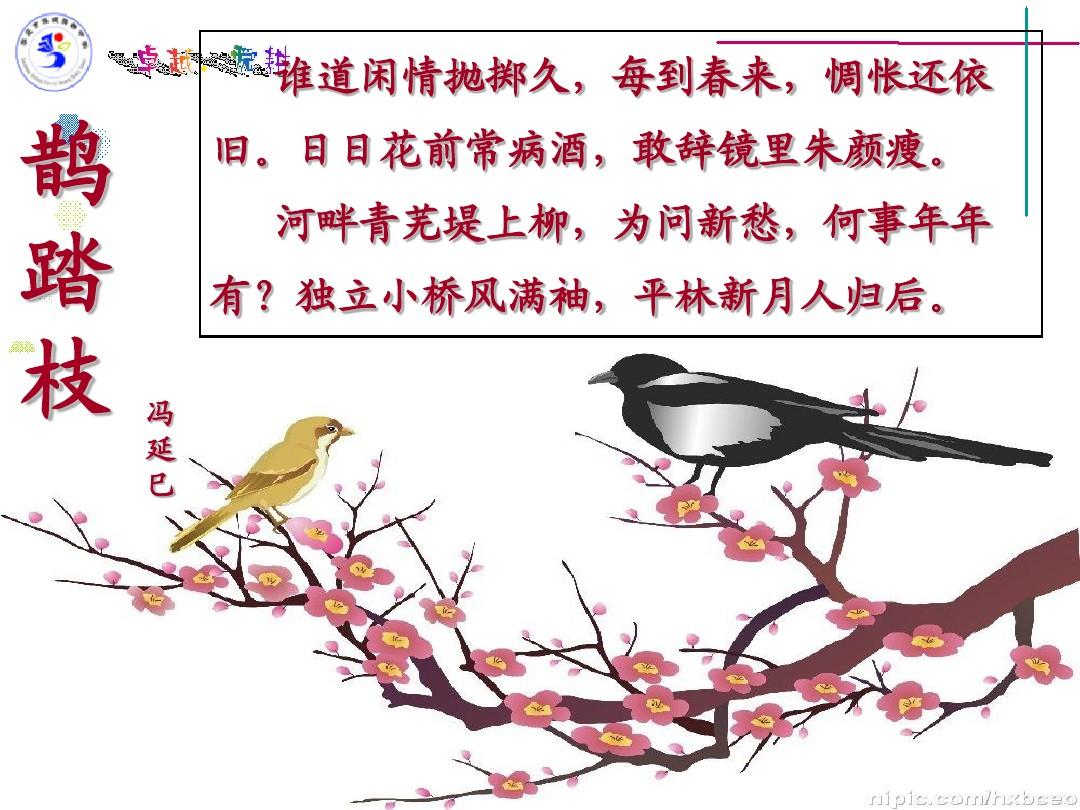
日日花前常病酒，敢辞镜里朱颜瘦。